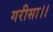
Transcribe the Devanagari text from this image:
गरीसा।।